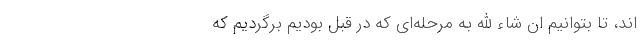
اند، تا بتوانیم ان شاء الله به مرحله‌ای که در قبل بودیم برگردیم که